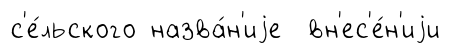
с'е́льского назва́н'иjе вн'ес'е́н'иjи